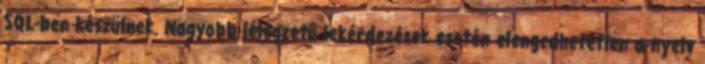
SQL-ben készülnek. Nagyobb lélegzetű lekérdezések esetén elengedhetetlen a nyelv